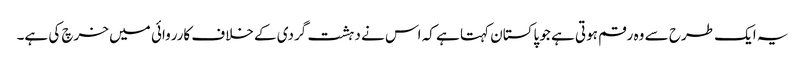
یہ ایک طرح سے وہ رقم ہوتی ہے جو پاکستان کہتا ہے کہ اس نے دہشت گردی کے خلاف کارروائی میں خرچ کی ہے۔